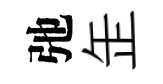
弛𦈢